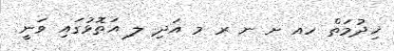
ޚިދުމަތް ހއ ށ ނ ރ މ އަދި ލ އަތޮޅުގައި ވަނީ